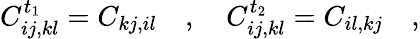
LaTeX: C_{ij,kl}^{t_{1}}=C_{kj,il}\quad,\quad C_{ij,kl}^{t_{2}}=C_{il,kj}\quad,